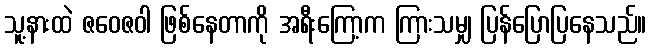
သူ့နားထဲ ဇဝေဇဝါ ဖြစ်နေတာကို အရီးကြော့က ကြားသမျှ ပြန်ပြောပြနေသည်။